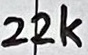
Text: 22k